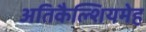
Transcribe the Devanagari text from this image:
अतिकैल्शियमेह